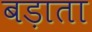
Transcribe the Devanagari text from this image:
बड़ाता